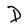
Character: D